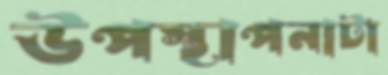
উপস্থাপনাটা